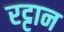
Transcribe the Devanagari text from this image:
रट्टान